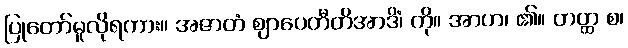
ပြုတော်မူလိုရကား။ အဇာတံ ဈာပေတီတိအာဒိံ၊ ကို။ အာဟ၊ ၏။ တတ္ထ စ၊